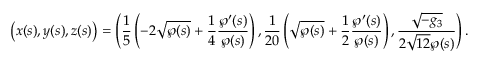
\left( x ( s ) , y ( s ) , z ( s ) \right) = \left( \frac { 1 } { 5 } \left( - 2 \sqrt { \wp ( s ) } + \frac { 1 } { 4 } \frac { \wp ^ { \prime } ( s ) } { \wp ( s ) } \right) , \frac { 1 } { 2 0 } \left( \sqrt { \wp ( s ) } + \frac { 1 } { 2 } \frac { \wp ^ { \prime } ( s ) } { \wp ( s ) } \right) , \frac { \sqrt { - g _ { 3 } } } { 2 \sqrt { 1 2 } \wp ( s ) } \right) .